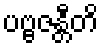
ပဗ္ဗဇန္တီတိ